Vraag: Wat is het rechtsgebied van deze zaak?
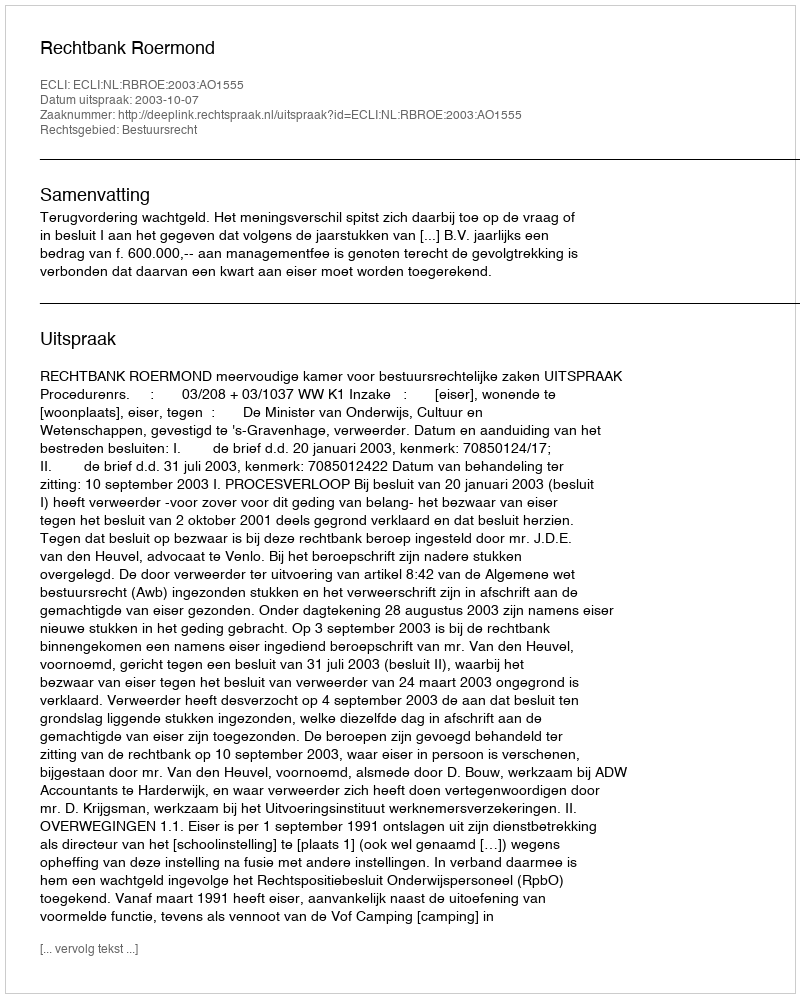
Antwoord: Bestuursrecht